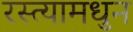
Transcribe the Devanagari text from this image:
रस्त्यामधुन